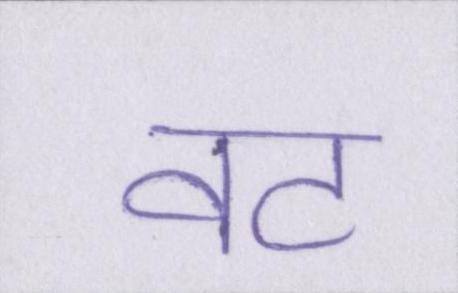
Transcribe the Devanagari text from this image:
वट